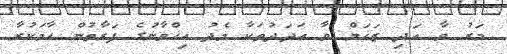
މަރު ވާ އަދި ޒަޚަމް ވާ ޢަދަދުތަކާ މެދު އިޚްވާނުގެ ފަރާތުން ހާމަކުރާ